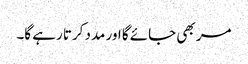
مر بھی جائے گا اور مدد کرتا رہے گا۔